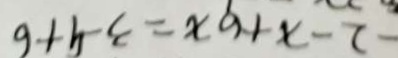
- 2 - x + 6 x = 3 - 9 + 6